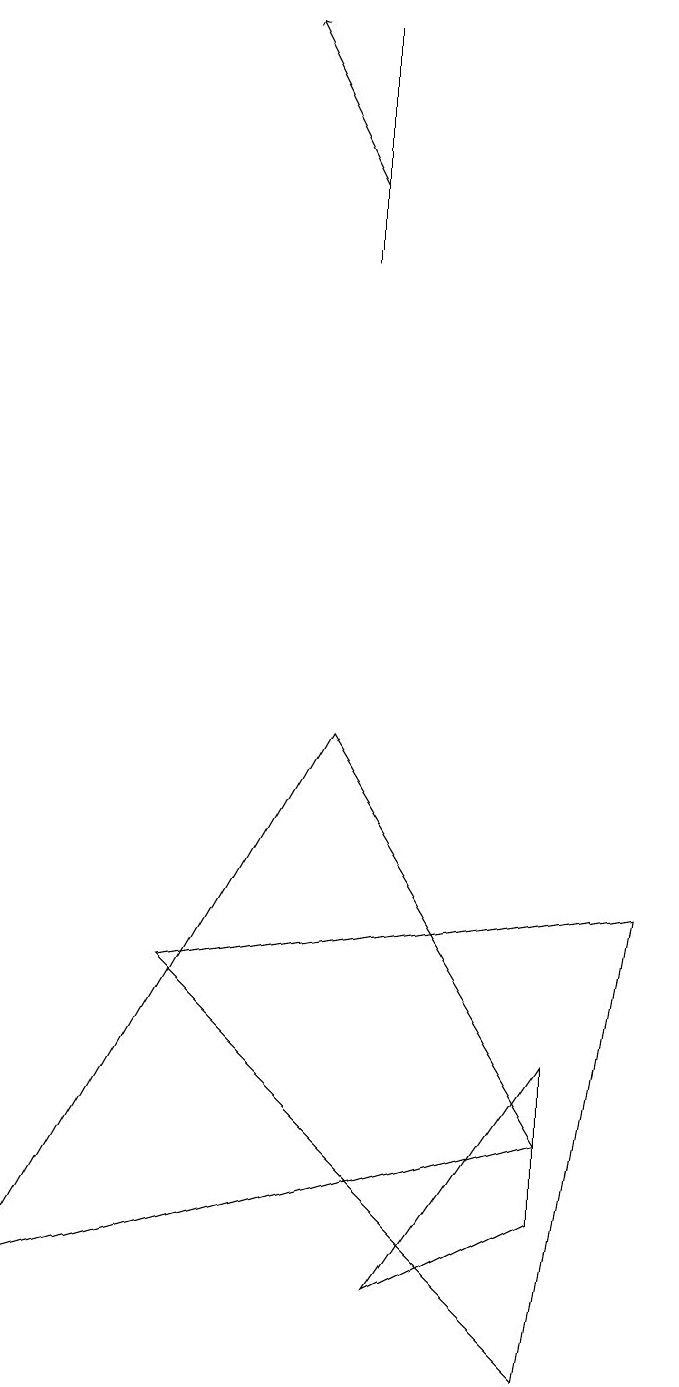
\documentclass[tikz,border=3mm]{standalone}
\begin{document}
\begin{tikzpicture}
\draw (7,3) -- (0,1) -- (4,8) -- cycle;
\draw (7,0) -- (8,6) -- (2,5) -- cycle;
\draw[->] (4,15) -- (3,17);
\draw (7,2) -- (5,1) -- (7,4) -- cycle;
\draw (4,14) rectangle (4,17);
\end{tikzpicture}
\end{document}